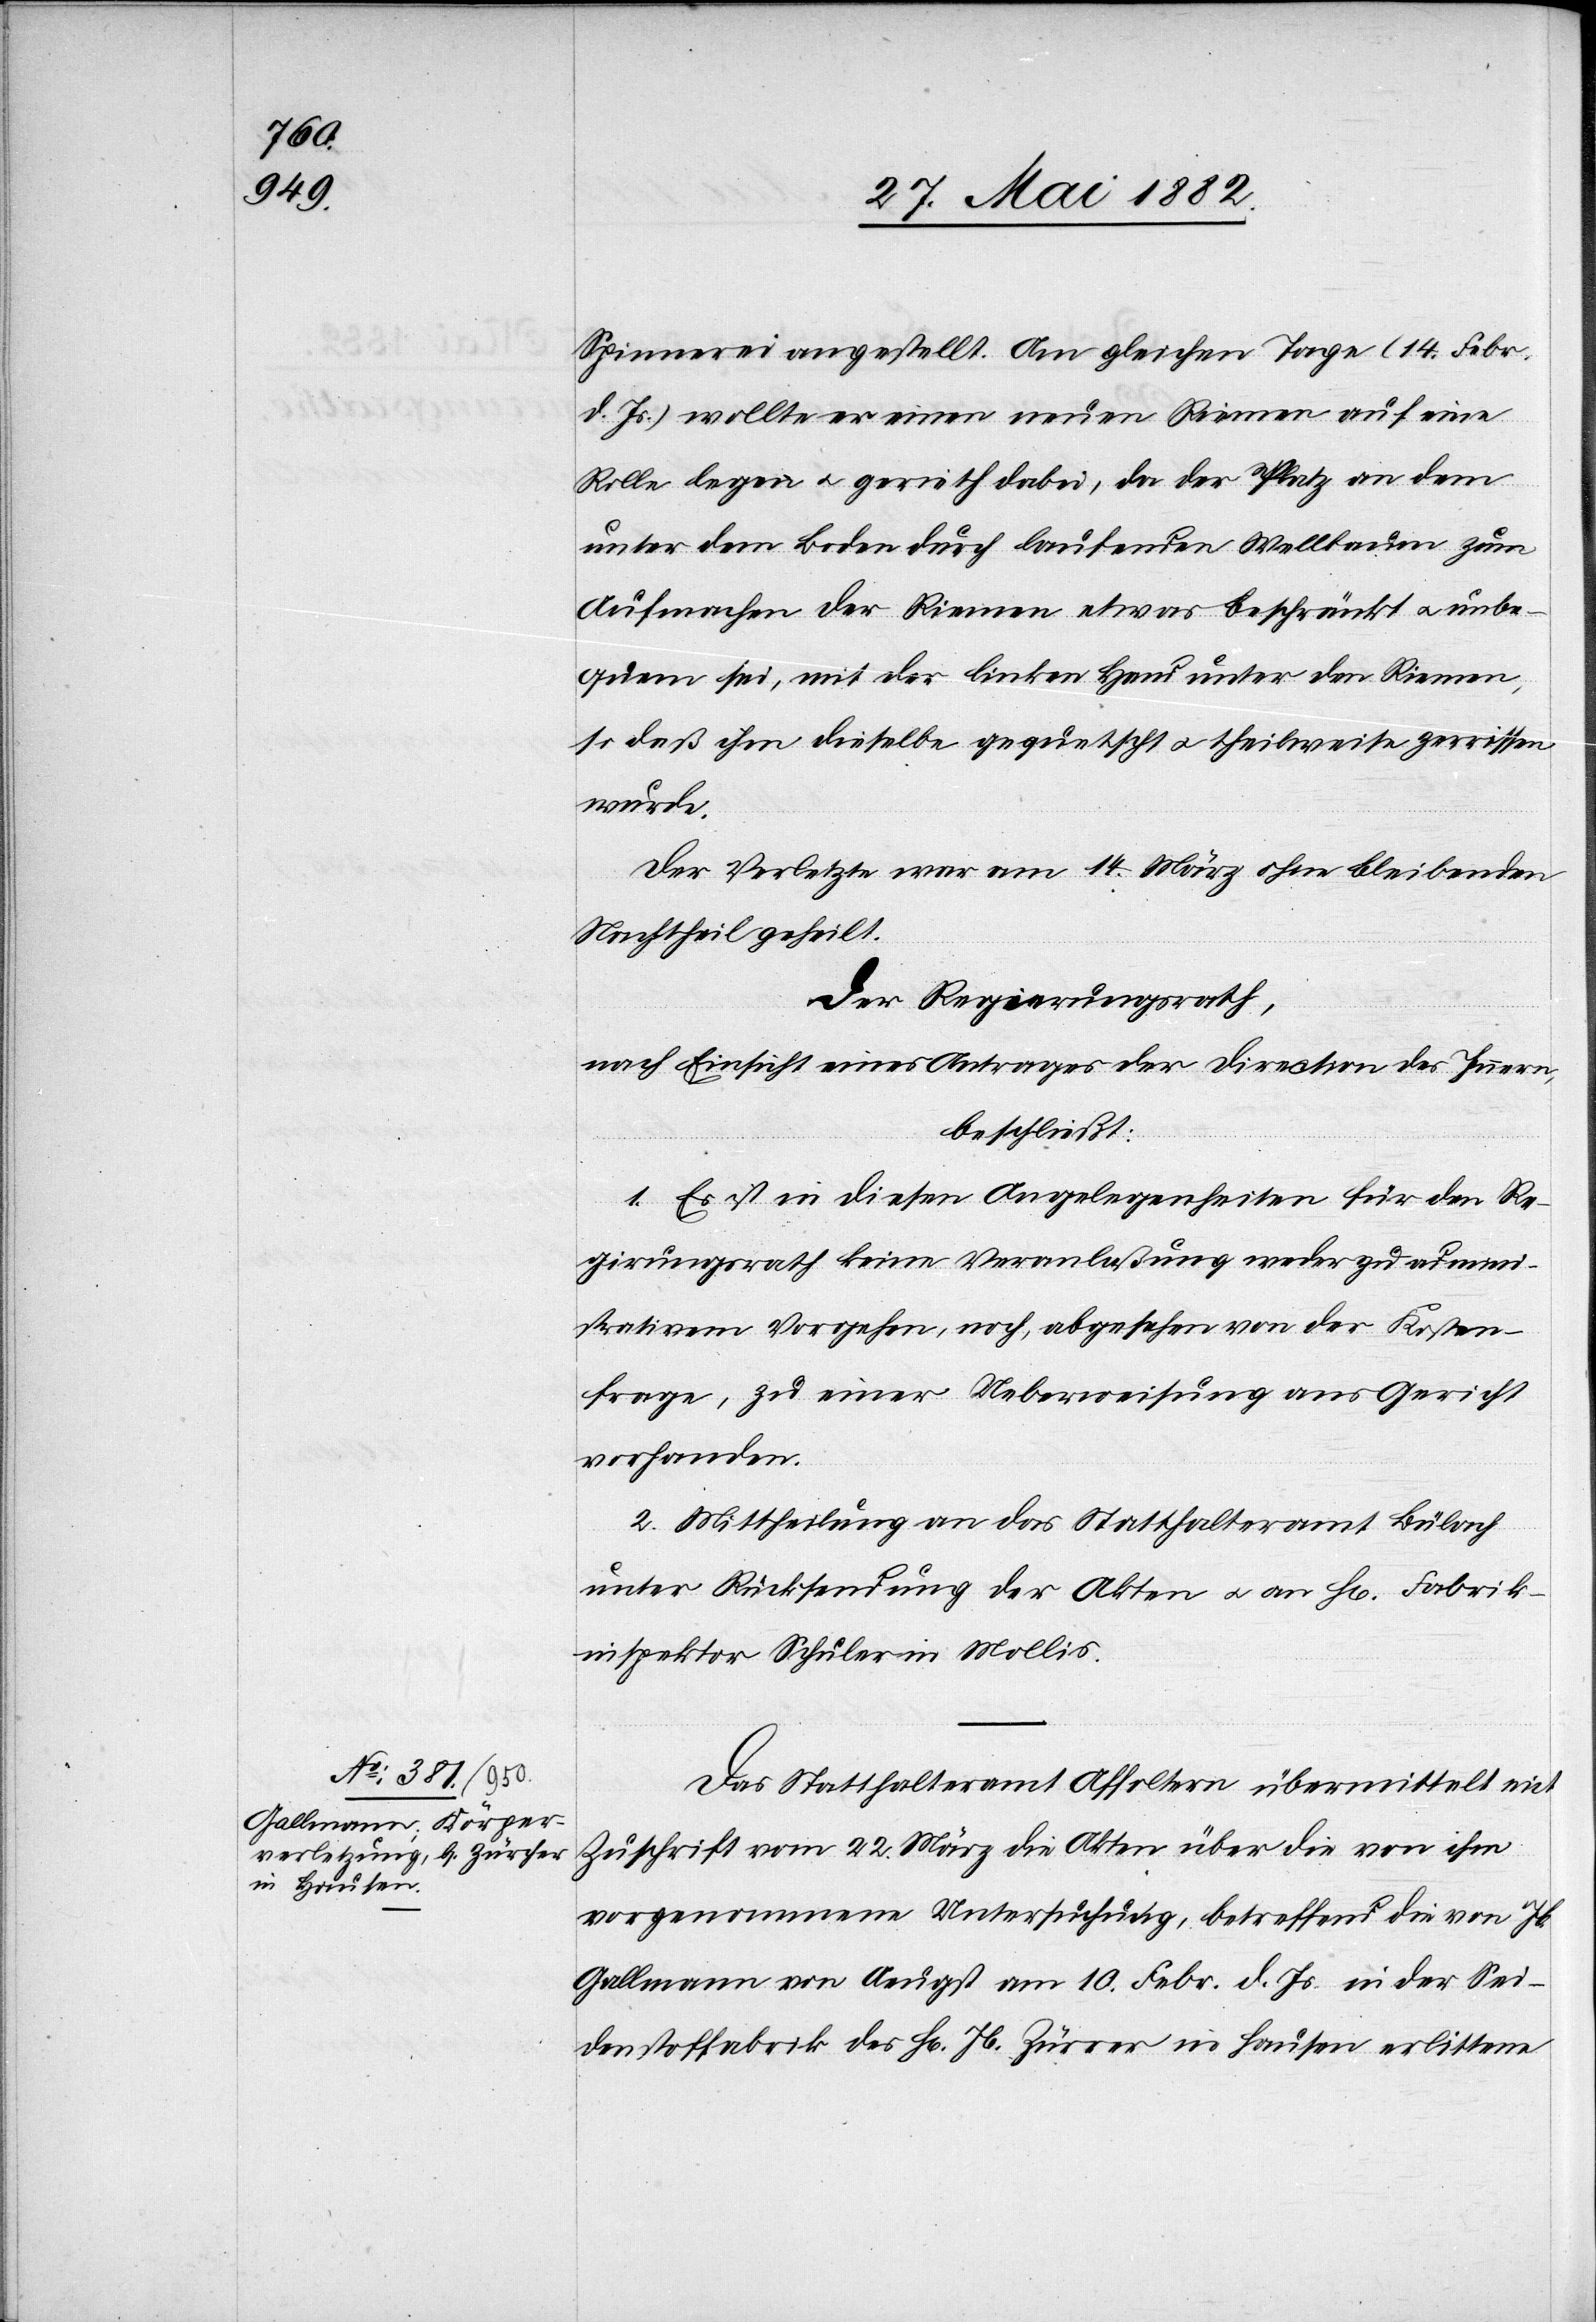
Spinnerei angestellt. Am gleichen Tage (14. Febr.
d. Js.) wollte er einen neuen Riemen auf eine
Rolle legen u. gerieth dabei, da der Platz an dem
unter dem Boden durch laufenden Wellbaum zum
Aufmachen der Riemen etwas beschränkt u. unbe¬
quem sei, mit der linken Hand unter den Riemen,
so daß ihm dieselbe gequetscht u. theilweise zerrissen
wurde.
Der Verletzte war am 14. März ohne bleibenden
Nachtheil geheilt.
Der Regierungsrath,
nach Einsicht eines Antrages der Direction des Innern,
beschließt:
1. Es ist in diesen Angelegenheiten für den Re¬
gierungsrath keine Veranlaßung werde zu admini¬
strativem Vorgehen, noch, abgesehen von der Kosten¬
frage, zu einer Ueberweisung ans Gericht
vorhanden.
2. Mittheilung an das Statthalteramt Bülach
unter Rücksendung der Akten u. an H[rn]. Fabrik¬
inspektor Schuler in Mollis.
Das Statthalteramt Affoltern übermittelt mit
Zuschrift vom 22. März die Akten über die von ihm
vorgenommene Untersuchung, betreffend die von Jb.
Gallmann von Aeugst am 10. Febr. d. Js. in der Sei¬
denstoffabrik [sic!] des H[rn]. Jb. Zürrer in Hausen erlittene